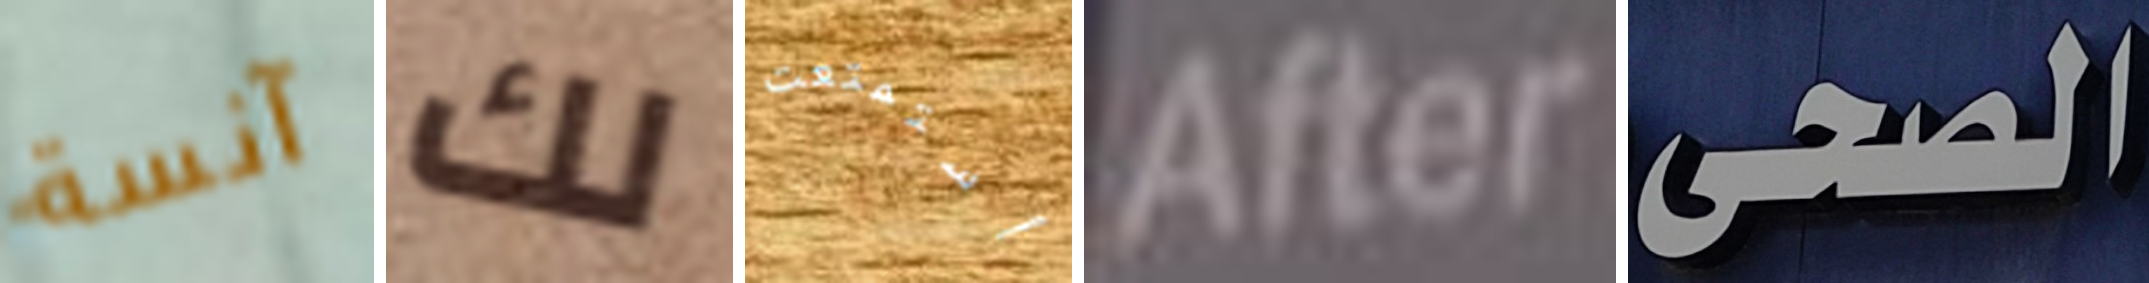
آنسة لك أستمتعت After الصحى